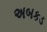
અબકડ